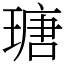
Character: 瑭